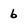
Character: 6